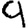
Digit: 9